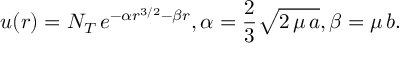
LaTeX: u ( r ) = N _ { T } \, e ^ { - \alpha r ^ { 3 / 2 } - \beta r } , \alpha = \frac { 2 } { 3 } \sqrt { 2 \, \mu \, a } , \beta = \mu \, b .